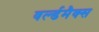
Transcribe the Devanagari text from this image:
वर्ल्डमैक्स